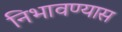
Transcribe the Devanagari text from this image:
निभावण्यास